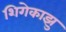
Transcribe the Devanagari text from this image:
शिगेकाझु